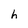
Character: h